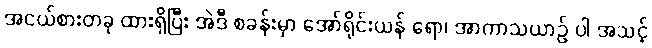
အငယ်စားတခု ထားရှိပြီး အဲဒီ စခန်းမှာ အော်ရိုင်းယန် ရော၊ အာကာသယာဉ် ပါ အသင့်